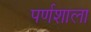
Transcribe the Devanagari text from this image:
पर्णशाला